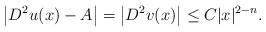
LaTeX: \begin{align*}\left|D^2u(x)-A\right|=\left|D^2v(x)\right|\leq C|x|^{2-n}.\end{align*}